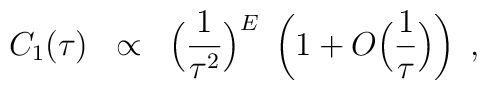
C_1(\tau) \; \; \propto \; \; \Big(\frac{1}{\tau^2}\Big)^E \;\left( 1 + O\Big(\frac{1}{\tau}\Big) \right) \; ,